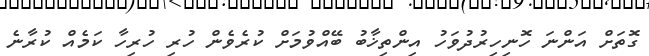
ގޮތަށް އަންނަ ހޮނިހިރުދުވަހު އިންތިޚާބު ބޭއްވުމަށް ކުރެވެން ހުރި ހުރިހާ ކަމެއް ކުރާނެ